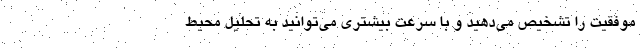
موفقیت را تشخیص می‌دهید و با سرعت بیشتری می‌توانید به تحلیل محیط